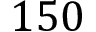
1 5 0